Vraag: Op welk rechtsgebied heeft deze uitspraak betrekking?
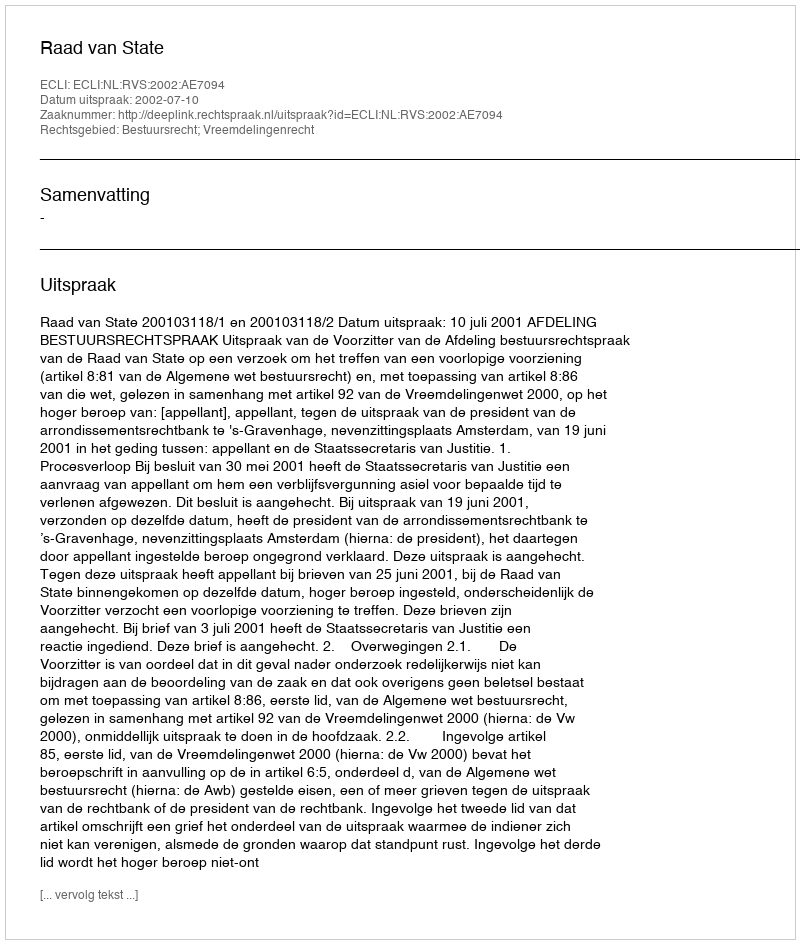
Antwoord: Bestuursrecht; Vreemdelingenrecht